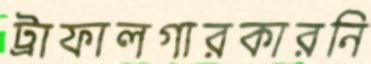
ট্রাফালগারকারনি